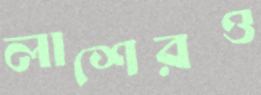
লাশেরও